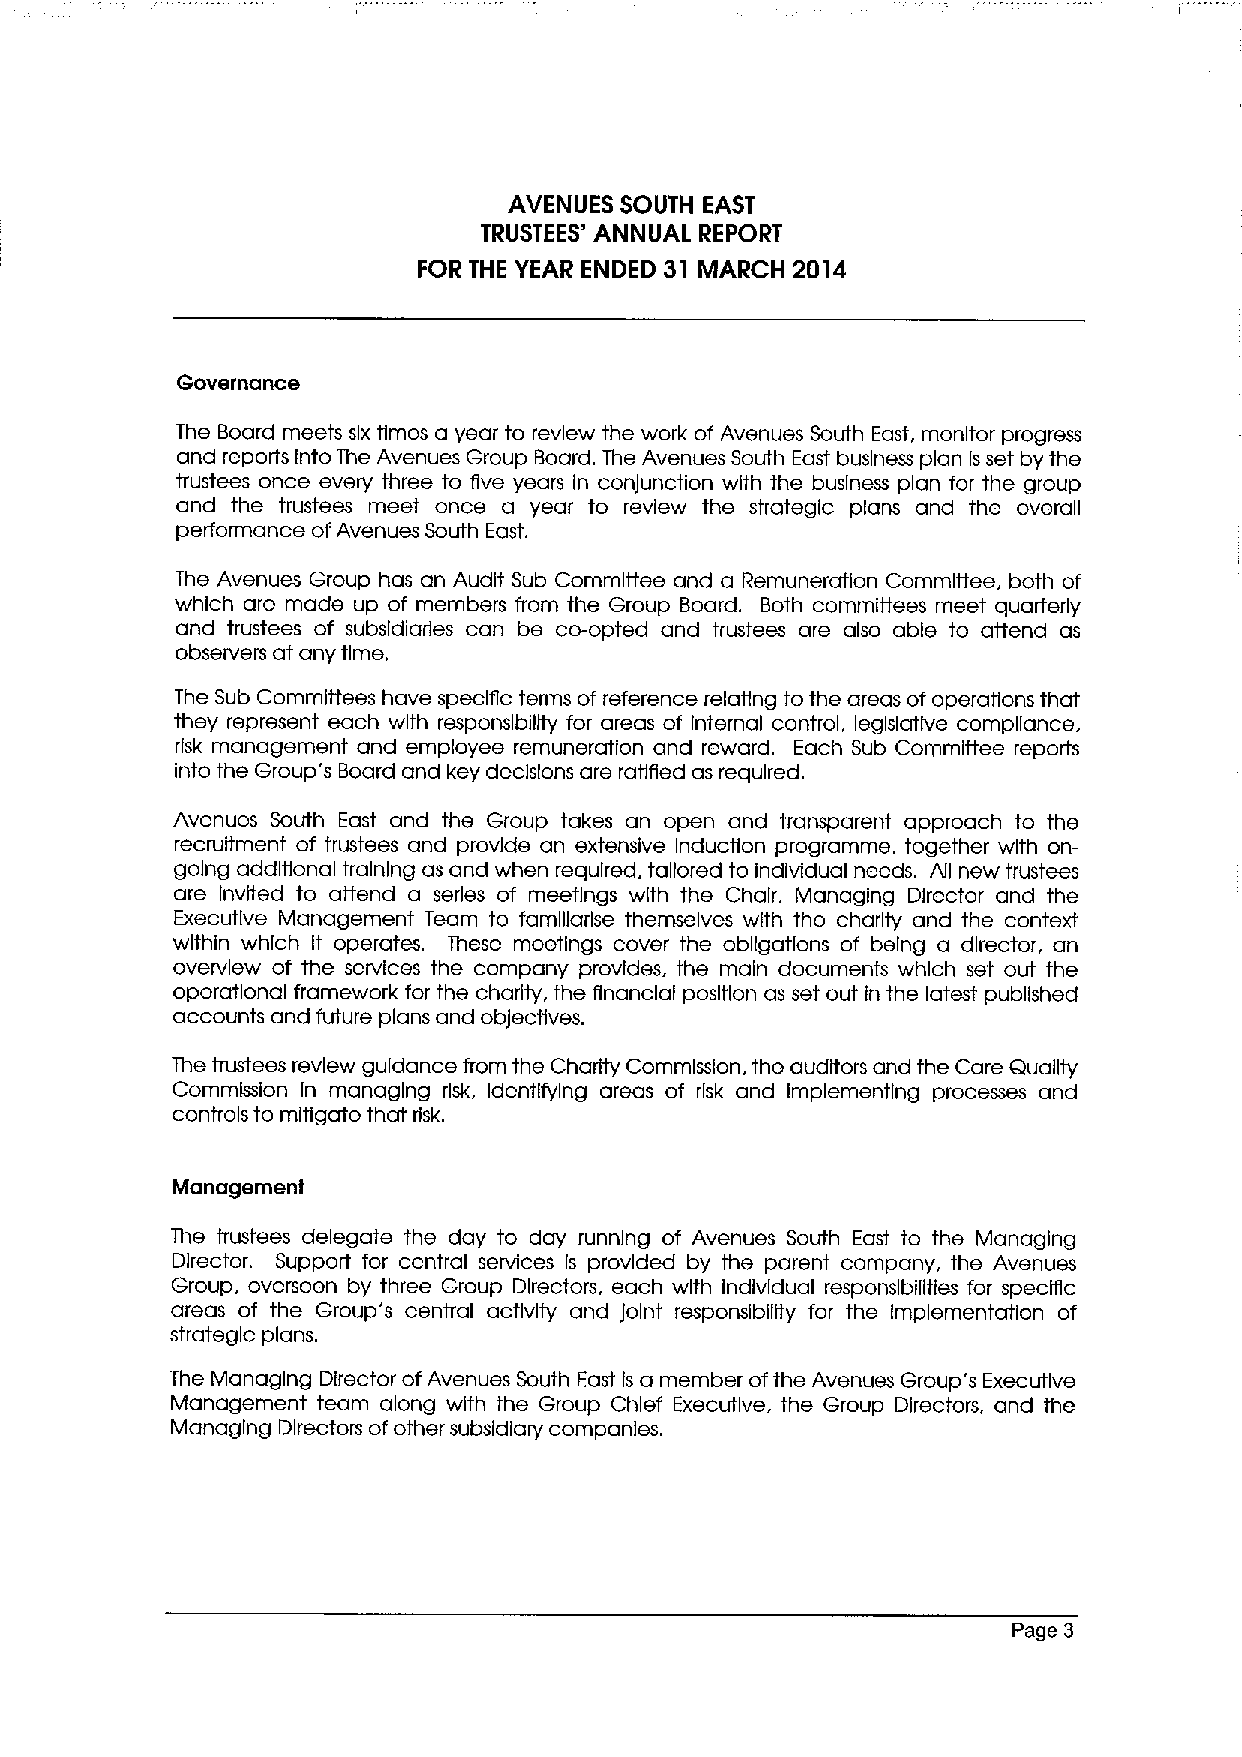
AVENUES SOUTH EAST
 TRUSTEES' ANNUAL REPORT
 FOR THE YEAR ENDED 31 MARCH 2014
 Governance
 The Board meets six times a year to review the work of Avenues South East, monitor progress
 and reports Into The Avenues Group Board. The Avenues South East business plan Isset by the
 trustees once every three to five years in conjunction with the business plan for the group
 and the trustees meet once a year to review the strategic plans and the overall
 performance ofAvenues South East.
 The Avenues Group has an Audit Sub Committee and a Remuneration Committee, both of
 which are made up of members from the Group Board. Both committees meet quarterly
 and trustees of subsidiaries can be co-opted and trustees are also able to attend as
 observers at any time.
 The Sub Committees have specific terms of reference relating to the areas ofoperations that
 they represent each with responsibility for areas of Internal control, legislative compliance,
 risk management and employee remuneration and reward. Each Sub Committee reports
 into the Group's Board and key decisions are ratIRed as required.
 Avenues South East and the Group takes an open and transparent approach to the
 recruitment of trustees and provide an extensive Induction programme, together with on-
 going additional training as and when required, tailored to individual needs. All new trustees
 are Invited to attend a series of meetings with the Chair, Managing Director and the
 Executive Management Team to famlllarlse themselves with the charity and the context
 within which It operates. These meetings cover the obligations of being a director, an
 overview of the services the company provides, the main documents which set out the
 operational framework for the charity, the financial position as set out in the latest published
 accounts and future plans and objectives.
 The trustees review guidance from the Charity Commission, the auditors and the Care Qualljy
 Commission In managing risk, Identifying areas of risk and Implementing processes and
 controls to mitigate that risk.
 Management
 The trustees delegate the day to day running of Avenues South East to the Managing
 Director. Support for central services is provided by the parent company, the Avenues
 Group, overseen by three Group Directors, each with Individual responsibilities for specific
 areas of the Group's central activity and joint responsibility for the Implementation of
 strategic plans.
 The Managing Director ofAvenues South East is a member ofthe Avenues Group's Executive
 Management team along with the Group Chief Executive, the Group Directors, and the
 Managing Directors ofother subsidiary companies.
 Page 3